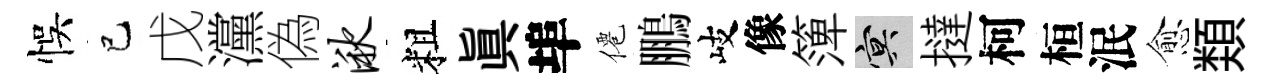
悞巳戊灙偽湫粗真埠僊鵬岐像𥱼冥撻柯桓泯愈𩔖